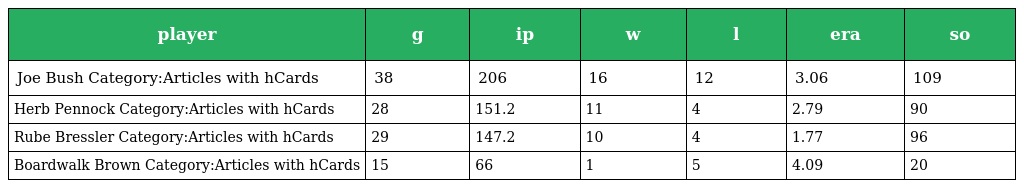
| player | g | ip | w | l | era | so |
 | --- | --- | --- | --- | --- | --- | --- |
 | Joe Bush Category:Articles with hCards | 38 | 206 | 16 | 12 | 3.06 | 109 |
 | Herb Pennock Category:Articles with hCards | 28 | 151.2 | 11 | 4 | 2.79 | 90 |
 | Rube Bressler Category:Articles with hCards | 29 | 147.2 | 10 | 4 | 1.77 | 96 |
 | Boardwalk Brown Category:Articles with hCards | 15 | 66 | 1 | 5 | 4.09 | 20 |